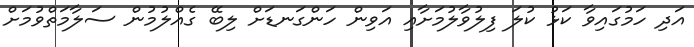
އަދި ހަމުގައިވާ ކަޅު ކުލަ ފިލުވާލުމަށާއި އަވިން ހަންގަނޑަށް ލިބޭ ގެއްލުމުން ސަލާމަތްވުމަށް